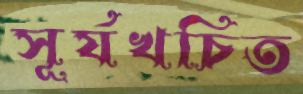
সূর্যখচিত